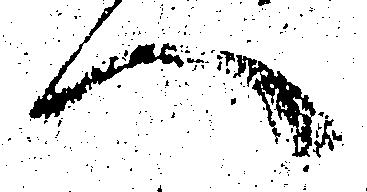
へ